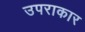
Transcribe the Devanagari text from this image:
उपराकार